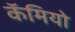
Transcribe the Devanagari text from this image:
कॅमियो